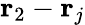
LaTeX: {\mathbf r}_{2}-{\mathbf r}_{j}